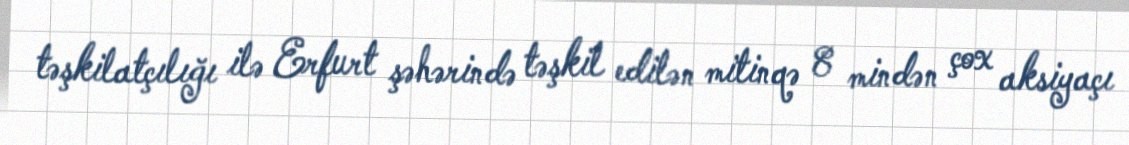
təşkilatçılığı ilə Erfurt şəhərində təşkil edilən mitinqə 8 mindən çox aksiyaçı